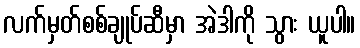
လက်မှတ်စစ်ချုပ်ဆီမှာ အဲဒါကို သွား ယူပါ။